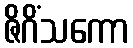
ဇိဂိံသကော